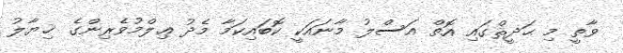
ވާތީ މި ޙަދީޘްގައި އޮތް އަސްލު މާނައަކީ ކޮބައިކަމާ މެދު ޢިލްމުވެރިންގެ ޚިޔާލު